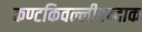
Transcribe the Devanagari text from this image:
कण्टकिवल्लीवन्दाक